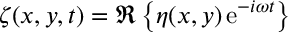
\zeta ( x , y , t ) = \Re \left\{ \eta ( x , y ) \, { \mathrm { e } } ^ { - i \omega t } \right\}